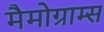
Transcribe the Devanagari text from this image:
मैमोग्राम्स